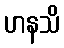
ဟနသိ